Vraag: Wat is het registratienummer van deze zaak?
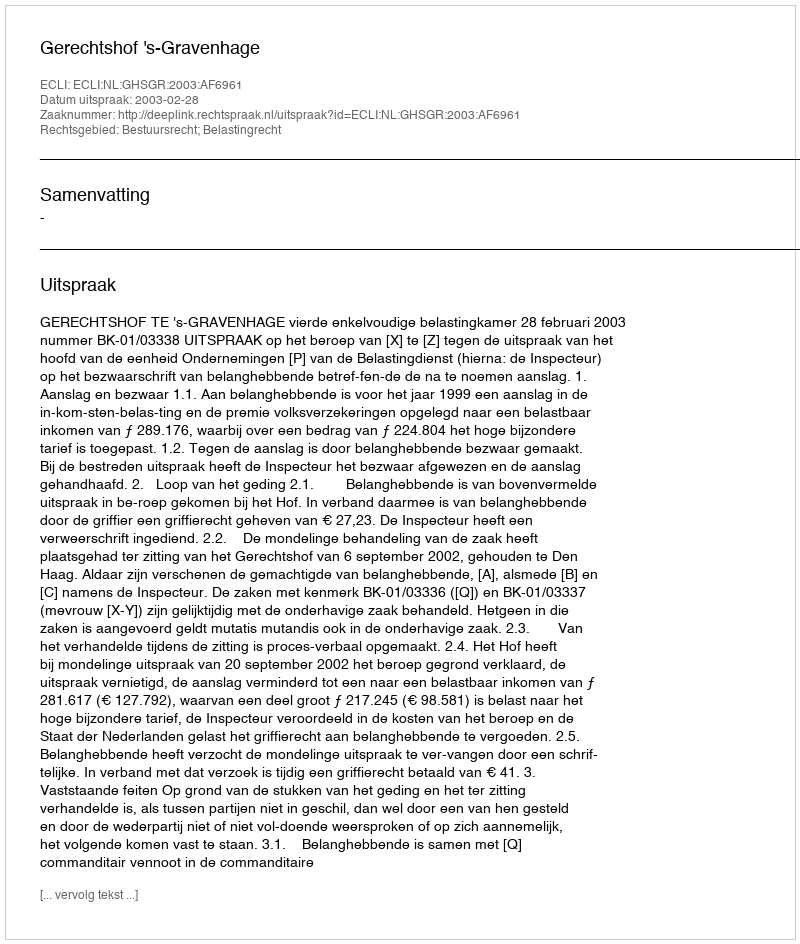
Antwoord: http://deeplink.rechtspraak.nl/uitspraak?id=ECLI:NL:GHSGR:2003:AF6961